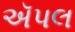
ઍપલ